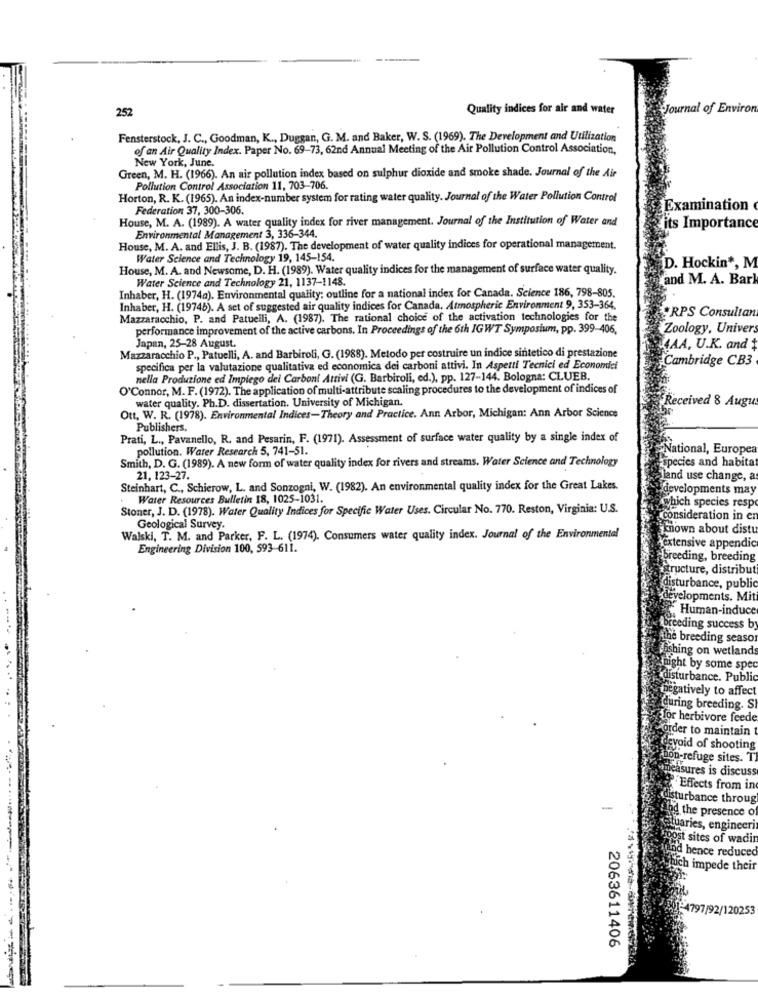
252
Quality indices for air and water
Journal of Environ
Fensterstock, J. C ., Goodman, K ., Duggan, G. M. and Baker, W. S. (1969). The Development and Utilization
of an Air Quality Index. Paper No. 69-73, 62nd Annual Meeting of the Air Pollution Control Association,
New York, June.
Green, M. H. (1966). An air pollution index based on sulphur dioxide and smoke shade. Journal of the Air
Pollution Control Association 11, 703-706.
Horton, R. K. (1965). An index-number system for rating water quality. Journal of the Water Pollution Control
Federation 37, 300-306.
Examination
House, M. A. (1989). A water quality index for river management. Journal of the Institution of Water and
its Importance
Environmental Management 3, 336-344.
House, M. A. and Ellis, J. B. (1987). The development of water quality indices for operational management.
Water Science and Technology 19, 145-154.
D. Hockin *, M
House, M. A. and Newsome, D. H. (1989). Water quality indices for the management of surface water quality.
Water Science and Technology 21, 1137-1148.
and M. A. Bark
Inhaber, H. (1974a). Environmental quality: outline for a national index for Canada. Science 186, 798-805.
Inhaber, H. (19746). A set of suggested air quality indices for Canada. Atmospheric Environment 9, 353-364.
Mazzaracchio, P. and Patuelli, A. (1987). The rational choice of the activation technologies for the
RPS Consultan
performance improvement of the active carbons. In Proceedings of the 6th IGWT Symposium, pp. 399-406.
Zoology, Univer
Mazzaracchio P ., Patuelli, A. and Barbiroli, G. (1988). Metodo per costruire un indice sintetico di prestazione
Japan, 25-28 August.
4AA, U.K. and $
Cambridge CB3
specifica per la valutazione qualitativa ed economica dei carboni attivi. In Aspetti Tecnici ed Economici
nella Produzione ed Impiego dei Carboni Attivi (G. Barbiroli, ed.), pp. 127-144. Bologna: CLUEB.
O'Connor, M. F. (1972). The application of multi-attribute scaling procedures to the development of indices of
water quality. Ph.D. dissertation. University of Michigan.
Received 8 Augu
Ott, W. R. (1978). Environmental Indices-Theory and Practice. Ann Arbor, Michigan: Ann Arbor Science
Publishers.
Prati, L ., Pavanello, R. and Pesarin, F. (1971). Assessment of surface water quality by a single index of
pollution. Water Research 5, 741-51.
National, Europe
Smith, D. G. (1989). A new form of water quality index for rivers and streams. Water Science and Technology
species and habita
21, 123-27.
land use change, a
Steinhart, C ., Schierow, L. and Sonzogni, W. (1982). An environmental quality index for the Great Lakes.
developments may
Water Resources Bulletin 18, 1025-1031.
Stoner, J. D. (1978). Water Quality Indices for Specific Water Uses. Circular No. 770. Reston, Virginia: U.S.
which species resp
consideration in en
Geological Survey.
known about distu
Walski, T. M. and Parker, F. L. (1974). Consumers water quality index. Journal of the Environmental
Engineering Division 100, 593-611.
Aextensive appendic
breeding, breeding
structure, distribut
disturbance, public
developments. Mit
Human-induce
breeding success by
the breeding seaso
ishing on wetland
night by some spe
disturbance. Public
negatively to affect
during breeding. S
for herbivore feede
order to maintain
avoid of shooting
bon-refuge sites. T
measures is discuss
Effects from in
isturbance throug
-
the presence of
tuaries, engineeri
Post sites of wadi
d hence reduced
tuch impede their
-4797/92/120253
2063611406